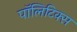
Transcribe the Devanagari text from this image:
पाॅलिटिक्स